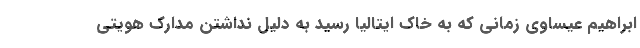
ابراهیم عیساوی زمانی که به خاک ایتالیا رسید به دلیل نداشتن مدارک هویتی